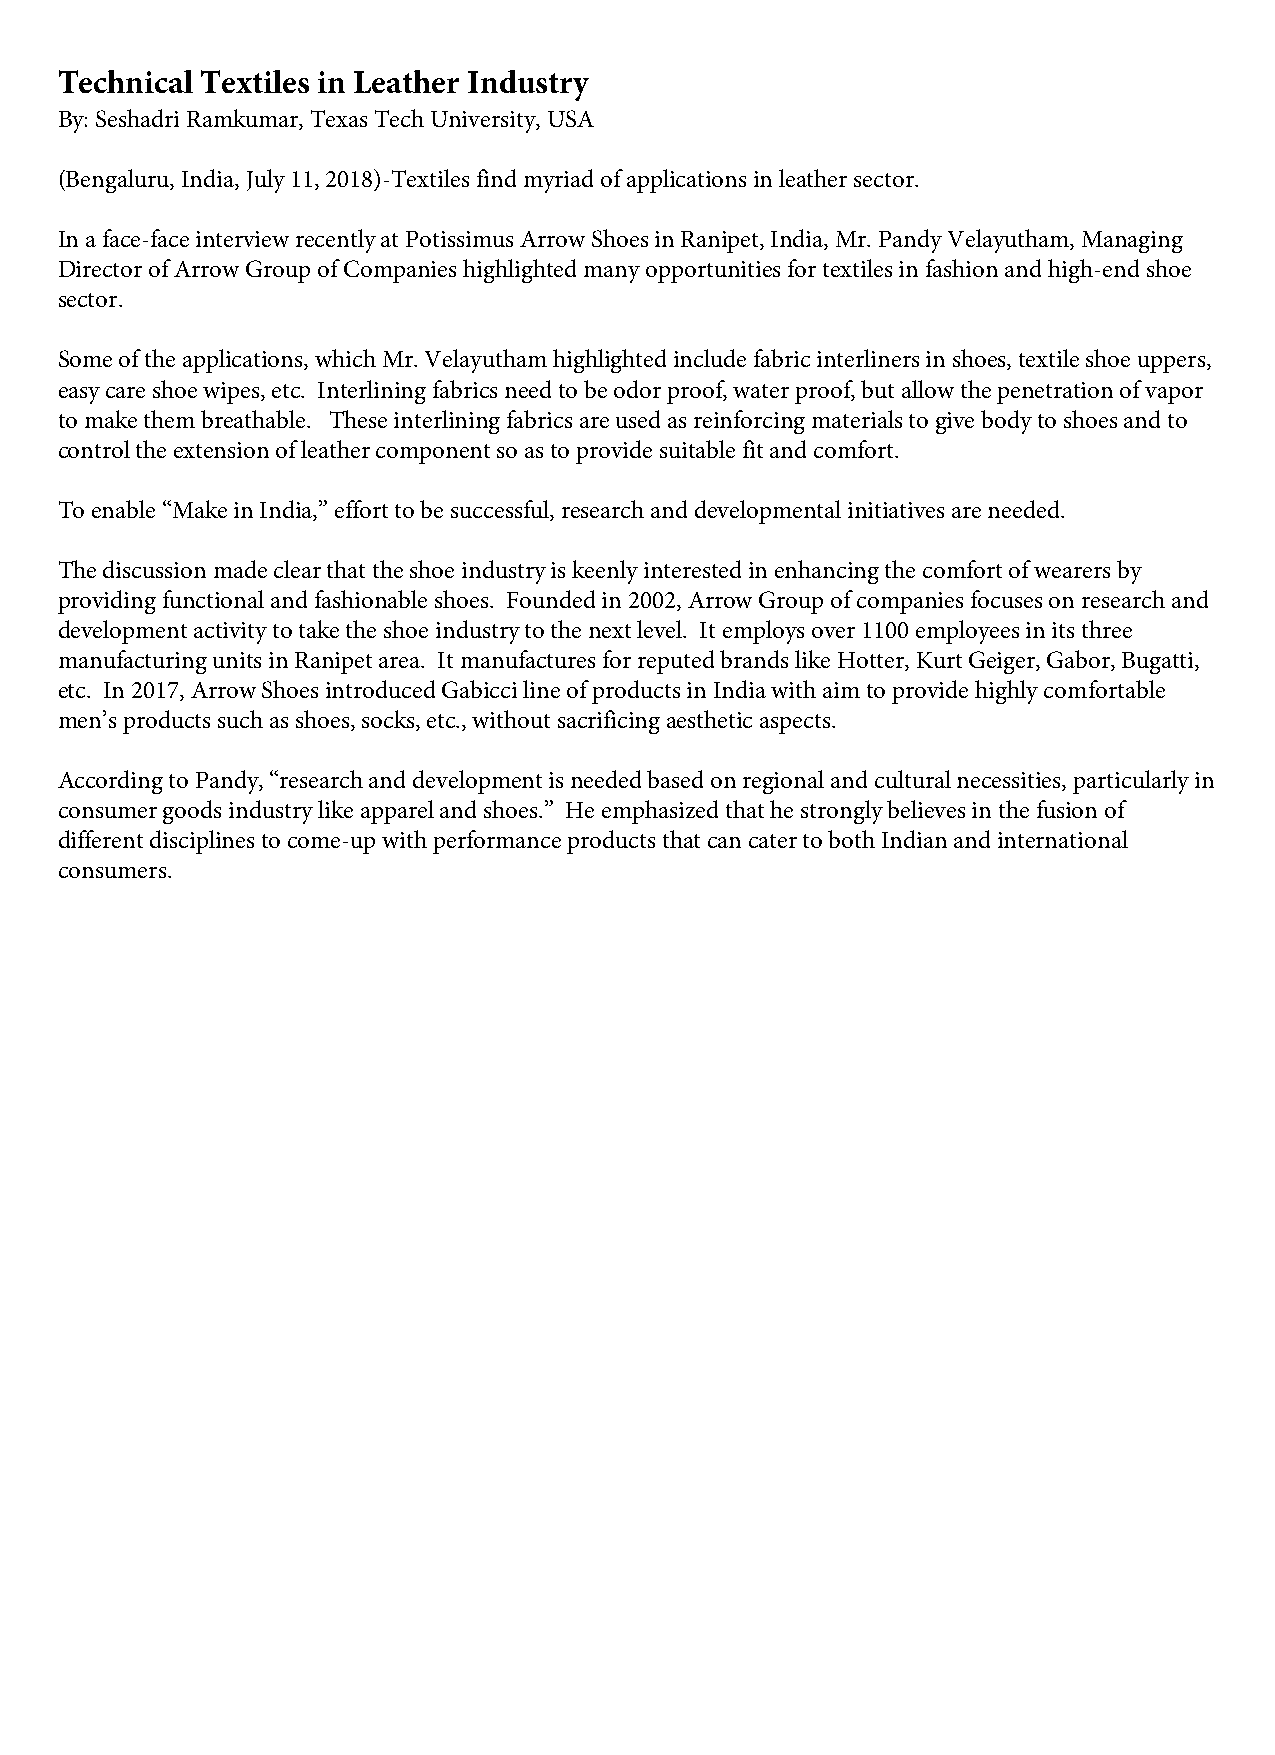
Technical Textiles in Leather Industry
 By: Seshadri Ramkumar, Texas Tech University, USA
 (Bengaluru, India, July 11, 2018)-Textiles find myriad of applications in leather sector.
 In a face-face interview recently at Potissimus Arrow Shoes in Ranipet, India, Mr. Pandy Velayutham, Managing
 Director of Arrow Group of Companies highlighted many opportunities for textiles in fashion and high-end shoe
 sector.
 Some of the applications, which Mr. Velayutham highlighted include fabric interliners in shoes, textile shoe uppers,
 easy care shoe wipes, etc. Interlining fabrics need to be odor proof, water proof, but allow the penetration of vapor
 to make them breathable. These interlining fabrics are used as reinforcing materials to give body to shoes and to
 control the extension of leather component so as to provide suitable fit and comfort.
 To enable “Make in India,” effort to be successful, research and developmental initiatives are needed.
 The discussion made clear that the shoe industry is keenly interested in enhancing the comfort of wearers by
 providing functional and fashionable shoes. Founded in 2002, Arrow Group of companies focuses on research and
 development activity to take the shoe industry to the next level. It employs over 1100 employees in its three
 manufacturing units in Ranipet area. It manufactures for reputed brands like Hotter, Kurt Geiger, Gabor, Bugatti,
 etc. In 2017, Arrow Shoes introduced Gabicci line of products in India with aim to provide highly comfortable
 men’s products such as shoes, socks, etc., without sacrificing aesthetic aspects.
 According to Pandy, “research and development is needed based on regional and cultural necessities, particularly in
 consumer goods industry like apparel and shoes.” He emphasized that he strongly believes in the fusion of
 different disciplines to come-up with performance products that can cater to both Indian and international
 consumers.